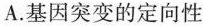
A.基因突变的定向性